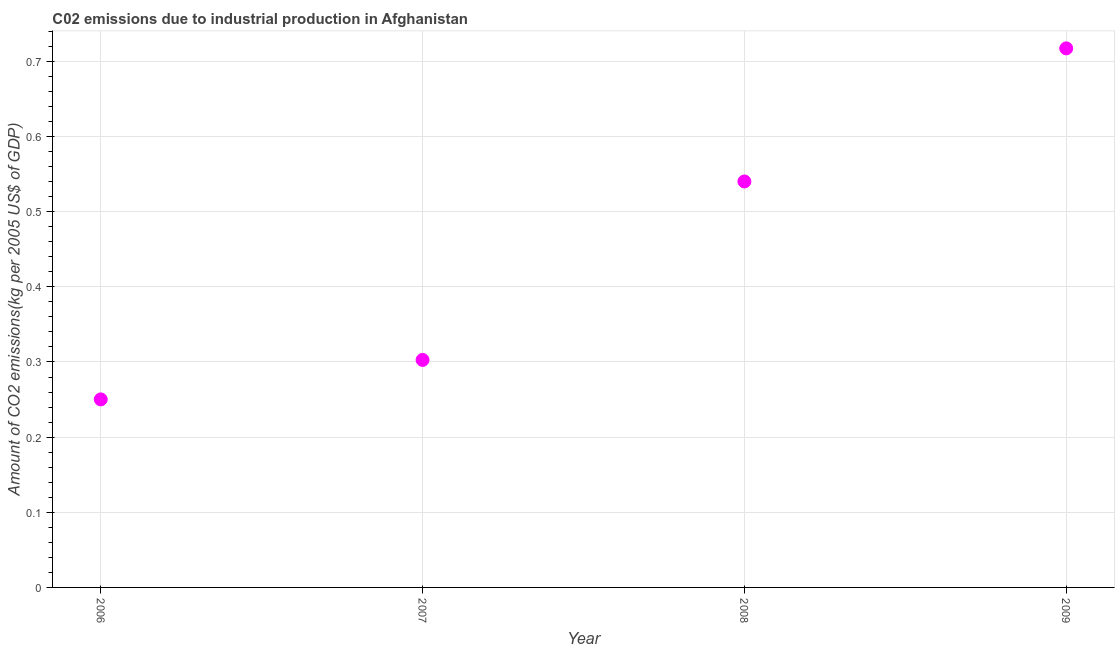
| Year | CO2 emissions  |
 | --- | --- |
 | 2006 | 0.25 |
 | 2007 | 0.303 |
 | 2008 | 0.54 |
 | 2009 | 0.717 |